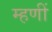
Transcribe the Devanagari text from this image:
म्हणीं